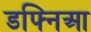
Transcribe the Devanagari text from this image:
डफ्निआ